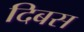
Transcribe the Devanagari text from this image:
दिबस